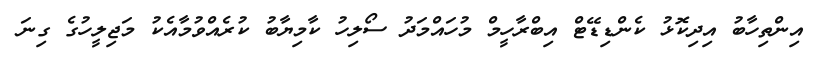
އިންތިހާބު އިދިކޮޅު ކެންޑިޑޭޓް އިބްރާހީމް މުހައްމަދު ސޯލިހު ކާމިޔާބު ކުރެއްވުމާއެކު މަޖިލީހުގެ ގިނަ